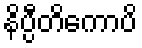
နိပ္ပီတိကောပိ